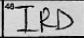
Transcription: IRD